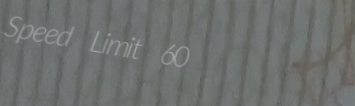
Speed Limit 60